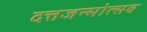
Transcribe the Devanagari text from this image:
दत्तजन्मोत्सव